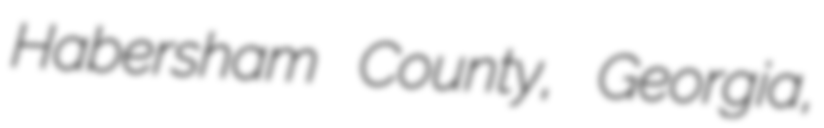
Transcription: Habersham County, Georgia,